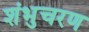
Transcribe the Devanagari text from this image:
शंभुचरण